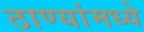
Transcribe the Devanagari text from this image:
ठाण्यांमध्ये